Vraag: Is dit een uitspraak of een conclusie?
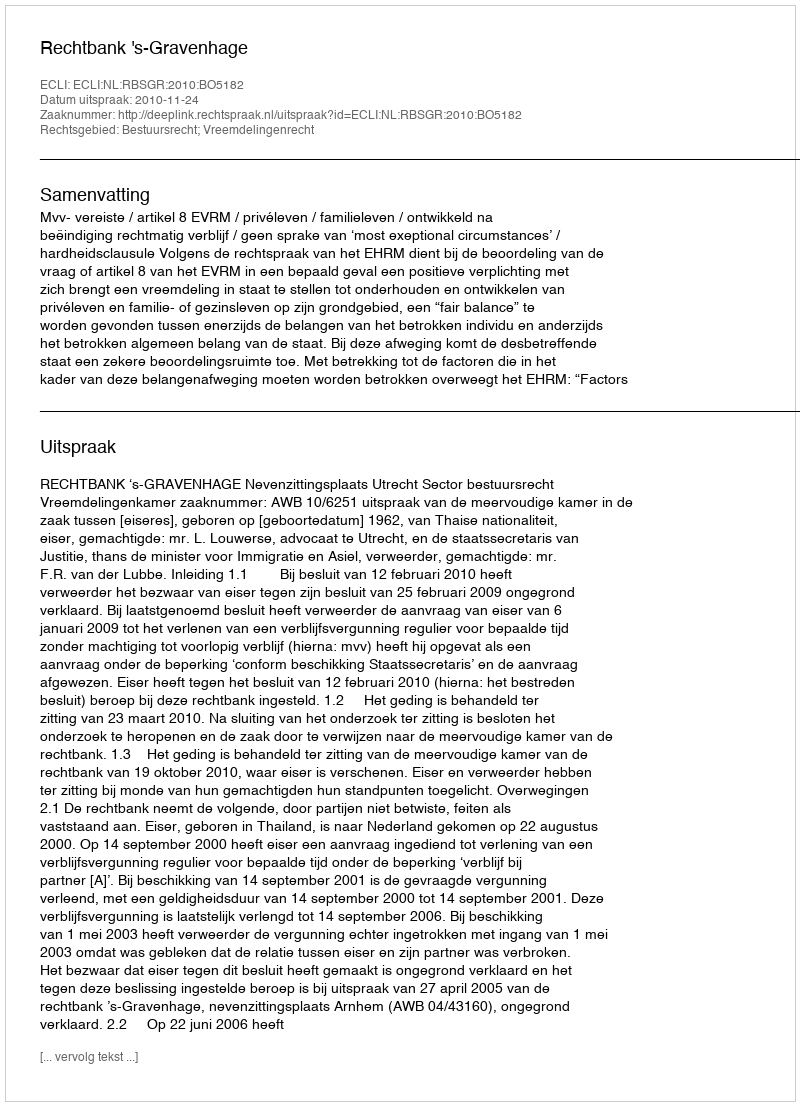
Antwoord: Uitspraak